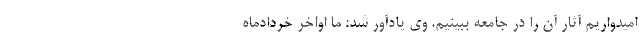
امیدواریم آثار آن را در جامعه ببینیم. وی یادآور شد: ما اواخر خردادماه